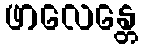
ဖာလေန္တေ